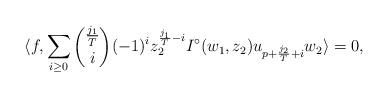
LaTeX: \begin{align*}\langle f, \sum_{i\geq 0}\binom{\frac{j_1}{T}}{i}(-1)^iz_2^{\frac{j_1}{T}-i}I^{\circ}(w_1, z_2)u_{p+\frac{j_2}{T}+i}w_2\rangle=0,\end{align*}